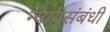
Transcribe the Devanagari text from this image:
न्यायसंबंधी